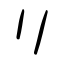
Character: リ